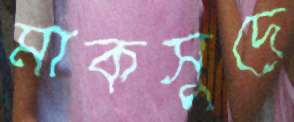
মাকসুদে